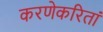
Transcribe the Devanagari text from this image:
करणेकरितां